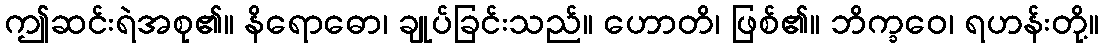
ဤဆင်းရဲအစု၏။ နိရောဓော၊ ချုပ်ခြင်းသည်။ ဟောတိ၊ ဖြစ်၏။ ဘိက္ခဝေ၊ ရဟန်းတို့။